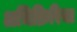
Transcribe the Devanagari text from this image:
अभिक्रिरिया